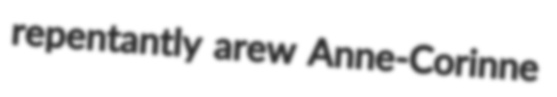
repentantly arew Anne-Corinne